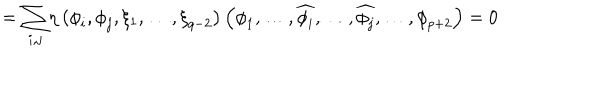
= { \displaystyle \sum _ { i , j } } \eta \left( { \phi } _ { i } , { \phi } _ { j } , \xi _ { 1 } , \ldots , { \xi } _ { q - 2 } \right) \left( { \phi } _ { 1 } , \ldots , \widehat { { \phi } _ { i } } , \ldots , \widehat { { \phi } _ { j } } , \ldots , { \phi } _ { p + 2 } \right) = 0